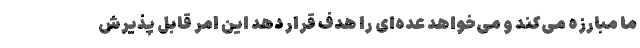
ما مبارزه می‌کند و می‌خواهد عده‌ای را هدف قرار دهد این امر قابل پذیرش